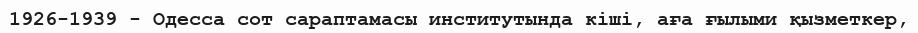
1926-1939 - Одесса сот сараптамасы институтында кіші, аға ғылыми қызметкер,